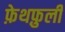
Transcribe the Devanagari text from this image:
फ़ेथफ़ुली